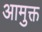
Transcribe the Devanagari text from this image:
आमुक्त